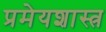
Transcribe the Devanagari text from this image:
प्रमेयशास्त्र